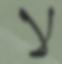
لا